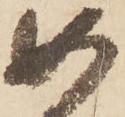
如